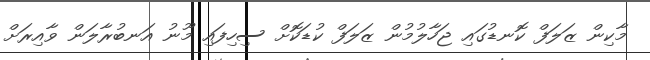
މާކިން ޒަލަފް ކޮނޑުގައި ޖަހާލުމުން ޒަލަފް ކުޑަކޮށް ސިހިފައި މޫނު އަނބުރާލަން ވާއިރަށް